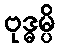
ဗုဒ္ဓမ္ပိ